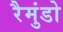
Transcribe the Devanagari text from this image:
रैमुंडो